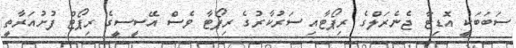
ސަބަބަކީ އޮޑިޓާ ޖެނެރަލްގެ ރިޕޯޓާއި ސަރުކާރުގެ ރިޕޯޓާ ވެސް އޭސީސީގެ ރިޕޯޓް ފުށުއަރާތީ